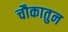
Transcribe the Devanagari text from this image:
चौकातुन